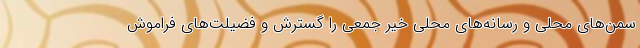
سمن‌های محلی و رسانه‌های محلی خیر جمعی را گسترش و فضیلت‌های فراموش